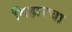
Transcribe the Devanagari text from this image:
बिहारचा